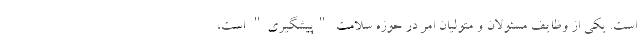
است. یکی از وظایف مسئولان و متولیان امر در حوزه سلامت "پیشگیری" است،